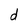
Character: d